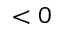
< 0